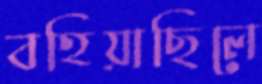
বহিয়াছিলে